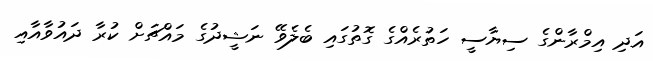
އަދި އިމްރާންގެ ސިޔާސީ ހަތުރެއްގެ ގޮތުގައި ބެލެވޭ ނަޝީދުގެ މައްޗަށް ކުރާ ދައުވާއާއި